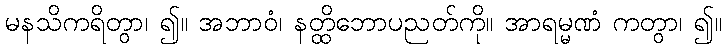
မနသိကရိတွာ၊ ၍။ အဘာဝံ၊ နတ္ထိဘောပညတ်ကို။ အာရမ္မဏံ ကတွာ၊ ၍။